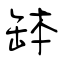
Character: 缽